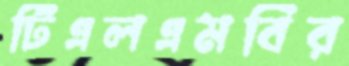
টিএলএমবির